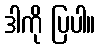
ဒါကို ပြပါ။